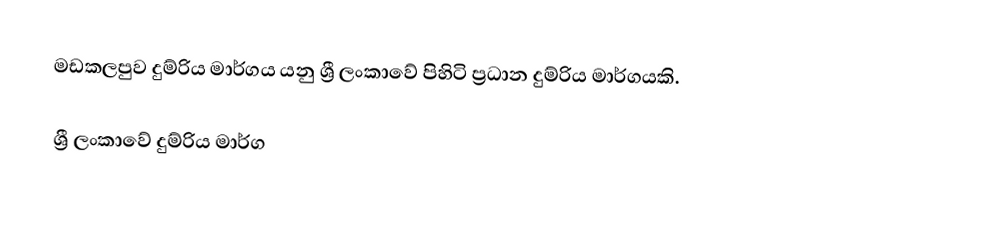
මඩකලපුව දුම්රිය මාර්ගය යනු ශ්‍රී ලංකාවේ පිහිටි ප්‍රධාන දුම්රිය මාර්ගයකි.

ශ්‍රී ලංකාවේ දුම්රිය මාර්ග